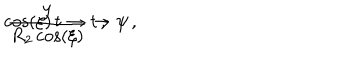
LaTeX: \cos \left( \xi \right) \, t \to t \, , \hspace { . 5 c m } \frac { y } { R _ { 2 } \cos \left( \xi \right) } \to \psi \, ,